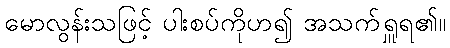
မောလွန်းသဖြင့် ပါးစပ်ကိုဟ၍ အသက်ရှူရ၏။